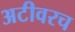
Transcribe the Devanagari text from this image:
अटीवरच